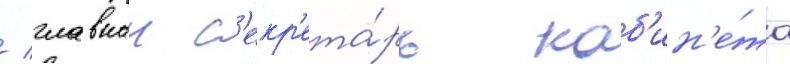
/ главныи с'екр'ета́рь каб'ин'е́та